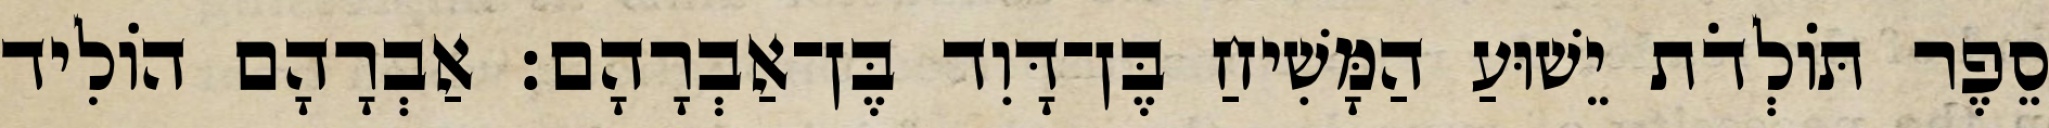
סֵפֶר תּוֹלְדֹת יֵשׁוּעַ הַמָּשִׁיחַ בֶּן־דָּוִד בֶּן־אַבְרָהָם׃ אַבְרָהָם הוֹלִיד